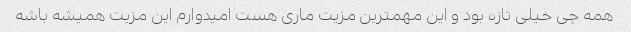
همه چی خیلی تازه بود و این مهمترین مزیت ماری هست امیدوارم این مزیت همیشه باشه